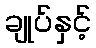
ချုပ်နှင့်